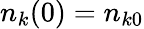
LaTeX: n_{k}(0)=n_{k0}